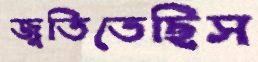
জুতিতেছিস